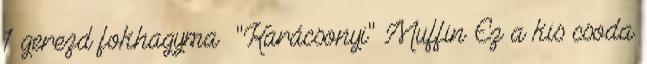
1 gerezd fokhagyma "Karácsonyi" Muffin Ez a kis csoda